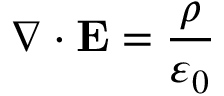
\nabla \cdot \mathbf { E } = { \frac { \rho } { \varepsilon _ { 0 } } }